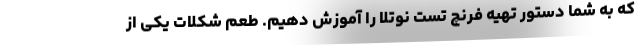
که به شما دستور تهیه فرنچ تست نوتلا را آموزش دهیم. طعم شکلات یکی از